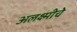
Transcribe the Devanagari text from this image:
अलक्ष्मीचे